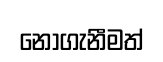
නොගැනීමත්